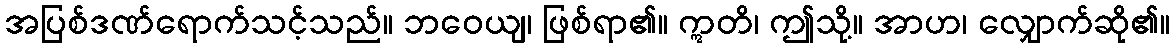
အပြစ်ဒဏ်ရောက်သင့်သည်။ ဘဝေယျ၊ ဖြစ်ရာ၏။ ဣတိ၊ ဤသို့။ အာဟ၊ လျှောက်ဆို၏။